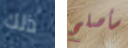
ذلك سأصلح